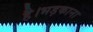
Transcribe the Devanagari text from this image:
है।भड़काना